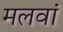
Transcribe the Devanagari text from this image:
मलवां